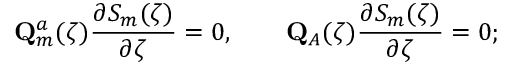
\mathbf { Q } _ { m } ^ { a } ( \zeta ) \frac { \partial S _ { m } ( \zeta ) } { \partial \zeta } = 0 , \qquad \mathbf { Q } _ { A } ( \zeta ) \frac { \partial S _ { m } ( \zeta ) } { \partial \zeta } = 0 ;